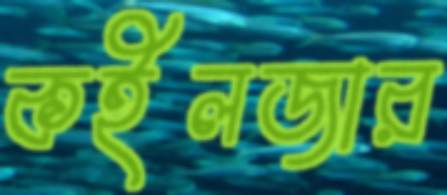
কইলজার